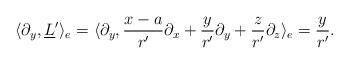
LaTeX: \begin{align*}\langle \partial_y,\underline{L}' \rangle_e = \langle \partial_y,{x - a \over r'} \partial_x + {y \over r'} \partial_y + {z \over r'} \partial_z \rangle_e = {y \over r'}.\end{align*}